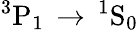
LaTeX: ^3\mathrm{P}_{1}\, \rightarrow\, ^{1}\mathrm{S}_{0}